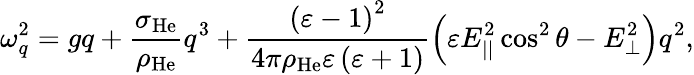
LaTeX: \omega_{q}^{2}=gq+\frac{\sigma_{\mathrm{He}}}{\rho_{\mathrm{He}}}q^{3}+\frac{\left(\varepsilon-1\right)^{2}}{4\pi\rho_{\mathrm{He}}\varepsilon\left(\varepsilon+1\right)}\left(\varepsilon E_{||}^{2}\cos^{2}\theta-E_{\perp}^{2}\right)q^{2},